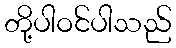
တို့ပါဝင်ပါသည်